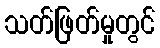
သတ်ဖြတ်မှုတွင်